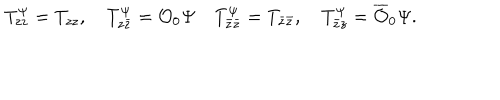
T _ { z z } ^ { \Psi } = T _ { z z } , \hspace { 1 e m } T _ { z \bar { z } } ^ { \Psi } = { \cal O } _ { 0 } \Psi \hspace { 1 e m } T _ { \bar { z } \bar { z } } ^ { \Psi } = T _ { \bar { z } \bar { z } } , \hspace { 1 e m } T _ { \bar { z } z } ^ { \Psi } = \overline { { { \cal O } } } _ { 0 } \Psi .